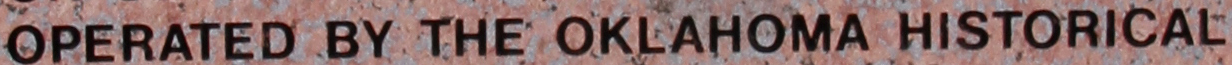
OPERATED BY THE OKLAHOMA HISTORICAL